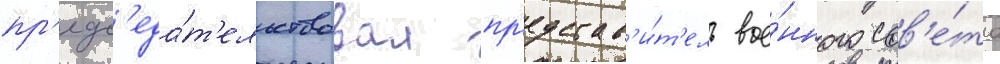
пр'едс'еда́т'ельствовал пр'едстав'и́т'ель вое́нного сов'е́та